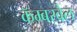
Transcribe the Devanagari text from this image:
कॅम्बरवेल